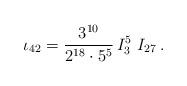
LaTeX: \begin{align*} \iota_{42} = \frac{3^{10}}{2^{18 } \cdot 5^5}\, I_3^5 \ I_{27}\,.\end{align*}